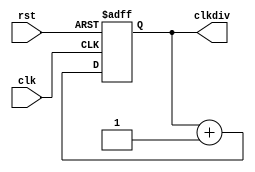
`timescale 1ns / 1ps
//////////////////////////////////////////////////////////////////////////////////
// Company: 
// Engineer: 
// 
// Design Name: 
// Module Name:    clkdiv 
// Project Name: 
// Target Devices: 
// Tool versions: 
// Description: 
//
// Dependencies: 
//
// Revision: 
// Revision 0.01 - File Created
// Additional Comments: 
//
//////////////////////////////////////////////////////////////////////////////////
module clkdiv(input clk,
				 input rst,
				 output reg[31:0]clkdiv
    );
	 always @ (posedge clk or posedge rst ) begin
		if(rst) clkdiv<=0;
		else clkdiv <= clkdiv + 1'b1;
	end


endmodule